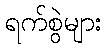
ရက်စွဲများ